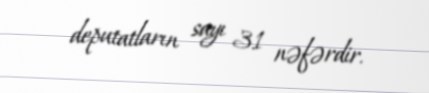
deputatların sayı 31 nəfərdir.